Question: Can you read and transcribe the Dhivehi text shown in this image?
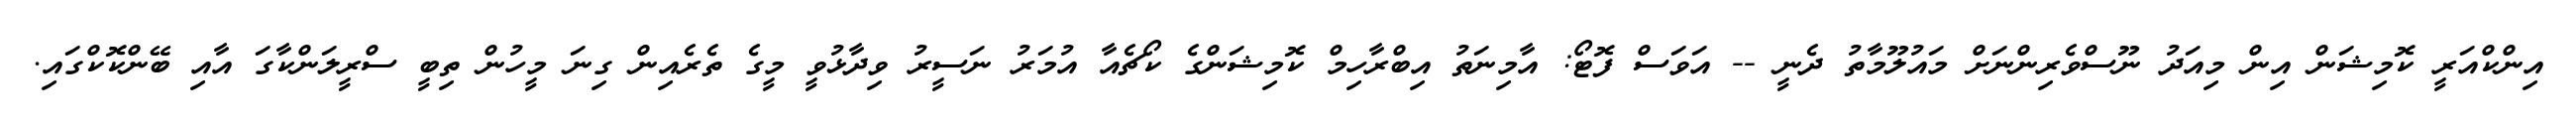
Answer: އިންކްއަރީ ކޮމިޝަން އިން މިއަދު ނޫސްވެރިންނަށް މައުލޫމާތު ދެނީ -- އަވަސް ފޮޓޯ: އާމިނަތު އިބްރާހިމް ކޮމިޝަންގެ ކޯޗެއާ އުމަރު ނަސީރު ވިދާޅުވީ މީގެ ތެރެއިން ގިނަ މީހުން ތިބީ ސްރީލަންކާގަ އާއި ބޭންކޮކްގައި.